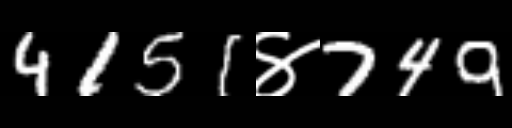
Text: 4151४749